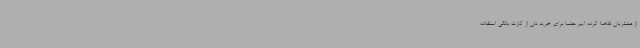
از مشتریان تقاضا کرده ایم حتما برای خرید نان از کارت بانکی استفاده